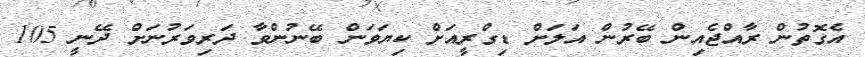
އެގޮތުން ރާއްޖެއިން ބޭރުން އަލަށް ޑިގްރީއަށް ކިޔަވަން ބޭނުންވާ ދަރިވަރުނަށް ދޭނީ 105